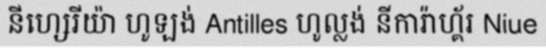
នីហ្សេរីយ៉ា ហូឡង់ Antilles ហូល្លង់ នីការ៉ាហ្គ័រ Niue